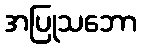
အပြုသဘော